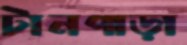
টানপাড়া